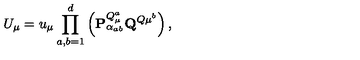
U _ { \mu } = u _ { \mu } \prod _ { a , b = 1 } ^ { d } \left( { \mathbf { P } } _ { \alpha _ { a b } } ^ { Q _ { \mu } ^ { a } } { \mathbf { Q } } ^ { Q { \mu } ^ { b } } \right) ,